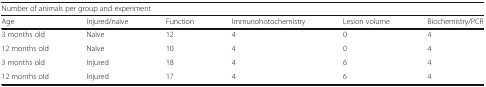
<table><thead><tr><td colspan="6"><b>Number of animals per group and experiment</b></td></tr><tr><td><b>Age</b></td><td><b>Injured/naïve</b></td><td><b>Function</b></td><td><b>Immunohistochemistry</b></td><td><b>Lesion volume</b></td><td><b>Biochemistry/PCR</b></td></tr></thead><tbody><tr><td>3 months old</td><td>Naïve</td><td>12</td><td>4</td><td>0</td><td>4</td></tr><tr><td>12 months old</td><td>Naïve</td><td>10</td><td>4</td><td>0</td><td>4</td></tr><tr><td>3 months old</td><td>Injured</td><td>18</td><td>4</td><td>6</td><td>4</td></tr><tr><td>12 months old</td><td>Injured</td><td>17</td><td>4</td><td>6</td><td>4</td></tr></tbody></table>